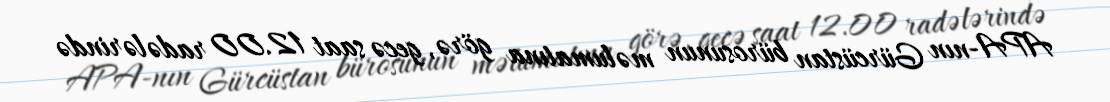
APA-nın Gürcüstan bürosunun məlumatına görə, gecə saat 12.00 radələrində